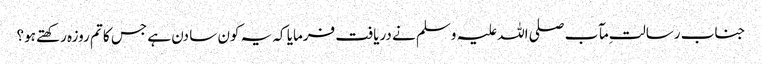
جناب رسالت ِمآب صلی اللہ علیہ وسلم نے دریافت فرمایا کہ یہ کون سا دن ہے جس کا تم روزہ رکھتے ہو؟